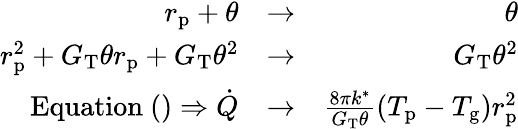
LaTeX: \begin{array}{rlr}{r_{\mathrm{p}}+\theta}&{\rightarrow}&{\theta}\\ {r_{\mathrm{p}}^{2}+G_{\mathrm{T}}\theta r_{\mathrm{p}}+G_{\mathrm{T}}\theta^{2}}&{\rightarrow}&{G_{\mathrm{T}}\theta^{2}}\\ {\mathrm{Equation}~()\Rightarrow\dot{Q}}&{\rightarrow}&{\frac{8\pi k^{*}}{G_{\mathrm{T}}\theta}(T_{\mathrm{p}}-T_{\mathrm{g}})r_{\mathrm{p}}^{2}}\end{array}